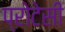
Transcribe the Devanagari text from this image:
प्रोटेसी